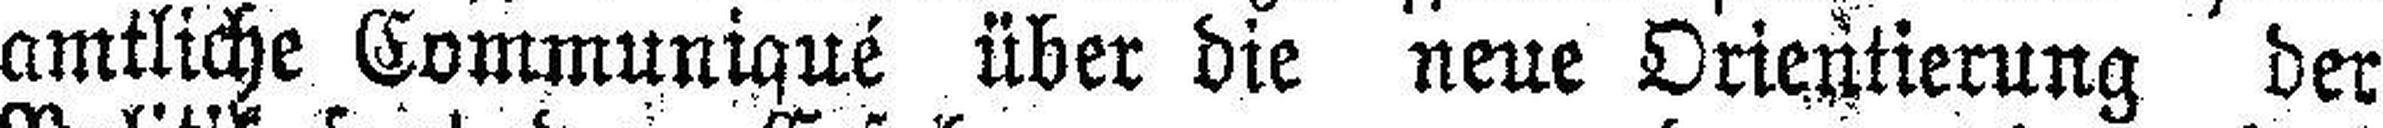
amtliche Communiqué über die neue Orientierung der